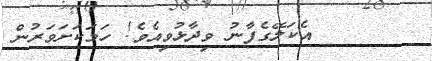
އެކަލޭގެފާނު ވިދާޅުވިއެވެ! ހަމަކަށަވަރުން